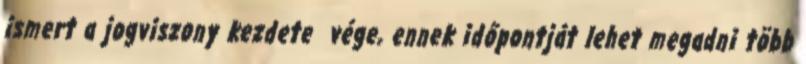
ismert a jogviszony kezdete vége, ennek időpontját lehet megadni több